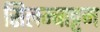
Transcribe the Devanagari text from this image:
सिलम्बाट्टम